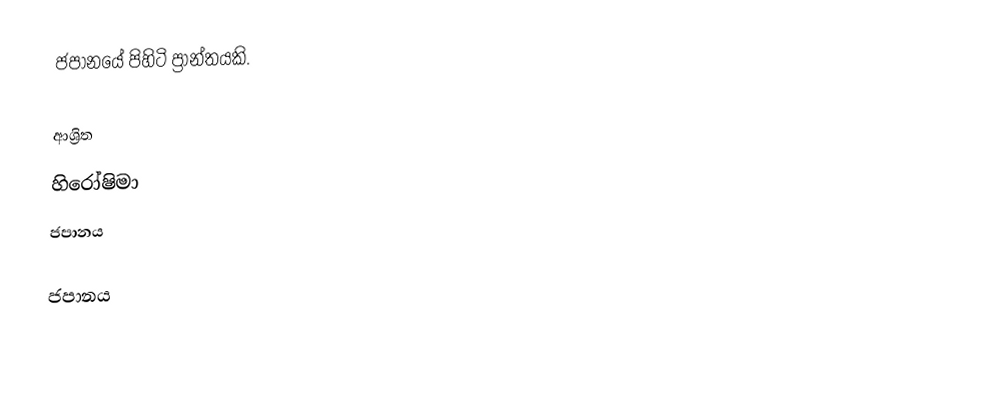
ජපානයේ පිහිටි ප්‍රාන්තයකි.

ආශ්‍රිත
 හිරෝෂිමා
 ජපානය

ජපානය